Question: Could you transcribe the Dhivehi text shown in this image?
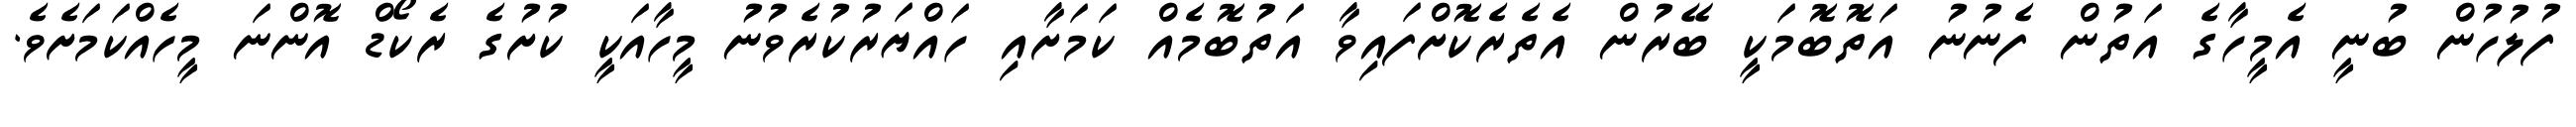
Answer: ފުލުހުން ބުނީ އެމީހާގެ އަތުން ފެނުނު އަތޮބޮމަކީ ބޭރުން އެތެރެކޮށްފައިވާ އަތުބޮމެއް ކަމަށާއި ހައްޔަރުކުރެވުނު މީހާއަކީ ކުށުގެ ރެކޯޑް އޮންނަ މީހެއްކަމަށެވެ.